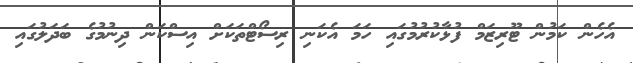
އެހެން ކަމުން ޓޫރިޒަމް ފުޅާކުރުމުގައި ހަމަ އެކަނި ރިސޯޓްތަކަށް އިސްކަން ދިނުމުގެ ބަދަލުގައި